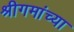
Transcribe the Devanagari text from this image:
श्रीगमांच्या